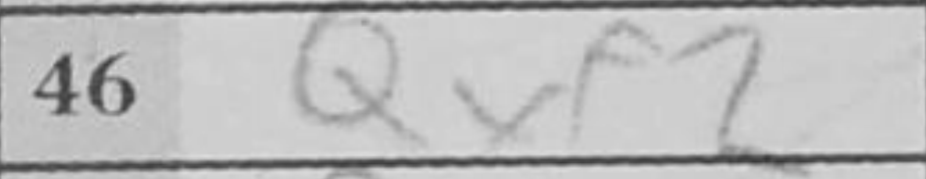
Transcription: Qxf2